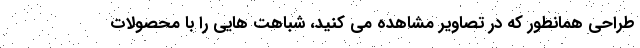
طراحی همانطور که در تصاویر مشاهده می کنید، شباهت هایی را با محصولات